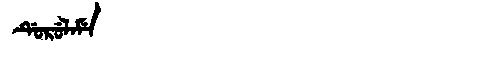
Manchu: ᡩᡠᡵᡠᠯᠠᠮᡝ
Romanization: DURULAME